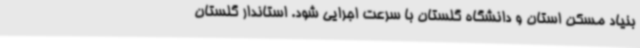
بنیاد مسکن استان و دانشگاه گلستان با سرعت اجرایی شود. استاندار گلستان